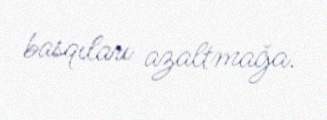
basqıları azaltmağa.